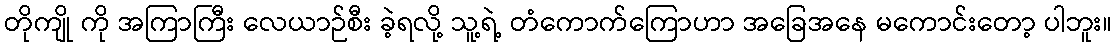
တိုကျို ကို အကြာကြီး လေယာဉ်စီး ခဲ့ရလို့ သူ့ရဲ့ တံကောက်ကြောဟာ အခြေအနေ မကောင်းတော့ ပါဘူး။